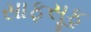
સાફસૂફ